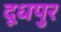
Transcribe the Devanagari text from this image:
दूधपुर